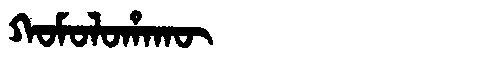
Manchu: ᡴᠣᠮᠣᠯᠣᡥᠠᡴᡡ
Romanization: KOMOLOHAKŪ